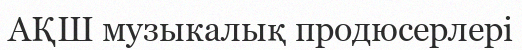
АҚШ музыкалық продюсерлері